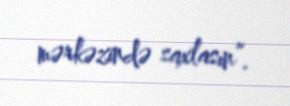
mərkəzində saxlasın”.